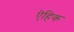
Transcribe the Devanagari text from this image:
ऎहिक